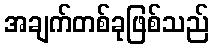
အချက်တစ်ခုဖြစ်သည်